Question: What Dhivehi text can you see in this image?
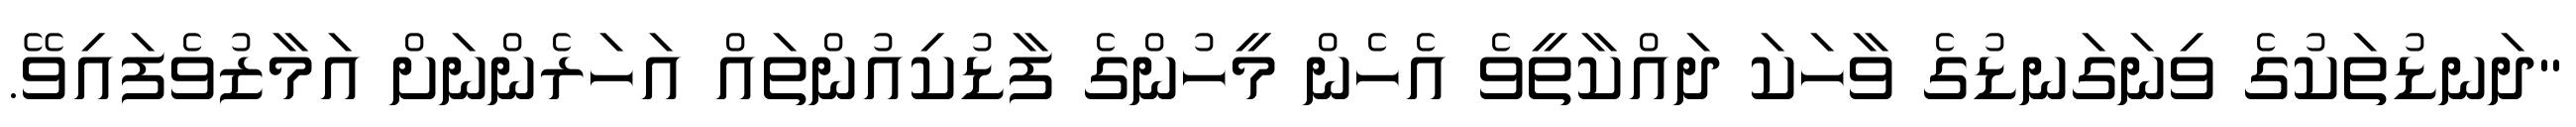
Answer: "ދަނޑުތަކުގެ ވިނަގަނޑުގެ ވާހަކަ ދައްކާތީވެ އެހެން މީހުންގެ ފާޑުކިއުންތައް އަހަރެންނަށް އަމާޒުވެފައިވޭ.